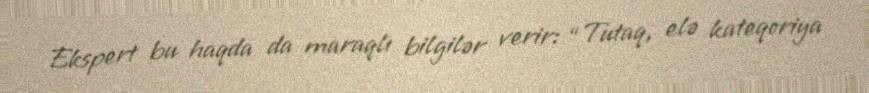
Ekspert bu haqda da maraqlı bilgilər verir: “Tutaq, elə kateqoriya